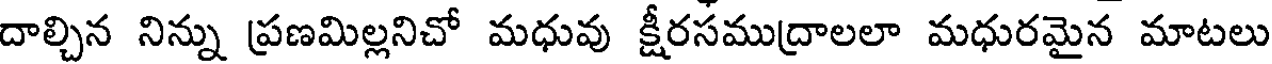
దాల్చిన నిన్ను ప్రణమిల్లనిచో మధువు క్షీరసముద్రాలలా మధురమైన మాటలు